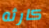
كارثه